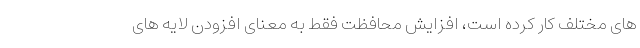
های مختلف کار کرده است، افزایش محافظت فقط به معنای افزودن لایه های